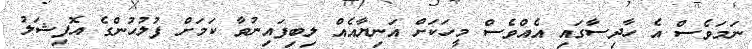
ނަމަވެސް އެ ހާދިސާގައި އެއްވެސް މީހަކަށް އަނިޔާއެއް ލިބިފައިނުވާ ކަމަށް ފުލުހުންގެ އޮފިޝަލު